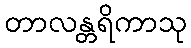
တာလန္တရိကာသု